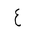
Letter: _ayn